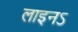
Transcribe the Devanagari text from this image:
लाइनऽ